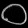
Digit: ၀